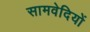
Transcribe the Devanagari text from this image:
सामवेदियों